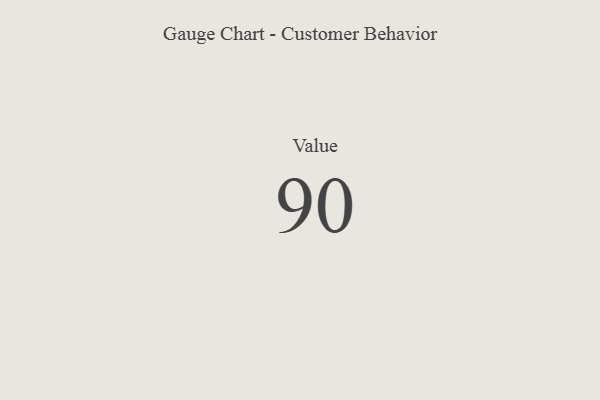
{"axis": {"x": "Metric", "y": "Value"}, "legend": [""], "data": [{"x": "Value", "y": 90, "type": ""}]}